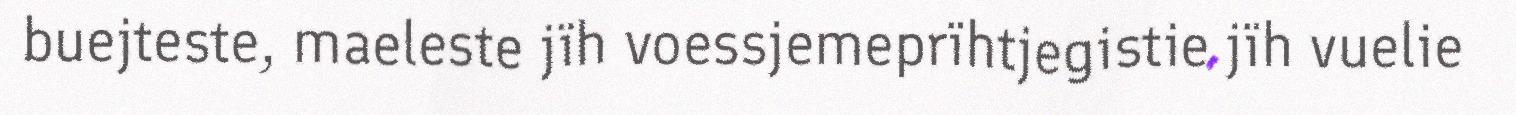
buejteste, maeleste jïh voessjemeprïhtjegistie jïh vuelie